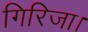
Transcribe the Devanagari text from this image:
गिरिजा।